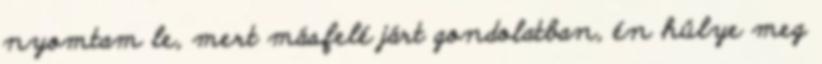
nyomtam le, mert másfelé járt gondolatban, én hülye meg